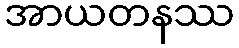
အာယတနဿ